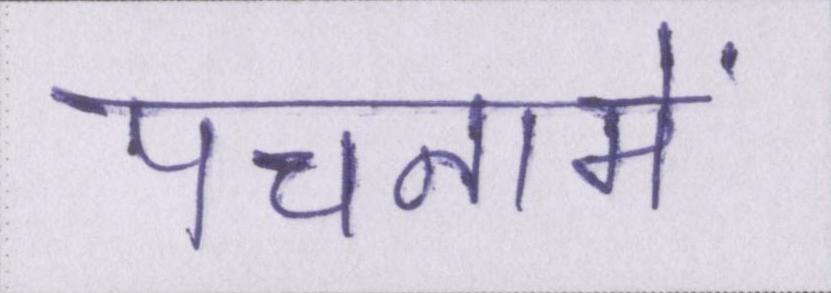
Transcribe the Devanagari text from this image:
पंचनामें